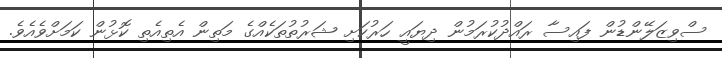
ސްވިޒަލޭންޑުން ފައިސާ ރައްދުކުރަމުން ދިޔައީ ހަރުކަށި ޝަރުތުތަކެއްގެ މަތިން އެތިއެތި ކޮޅުން ކަމަށްވެއެވެ.